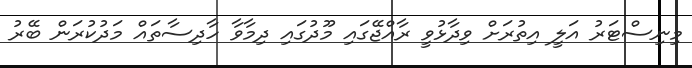
މިނިސްޓަރު އަލީ އިތުރަށް ވިދާޅުވީ ރާއްޖޭގައި މޫދުގައި ދިމާވާ ހާދިސާތައް މަދުކުރަން ބޭރު